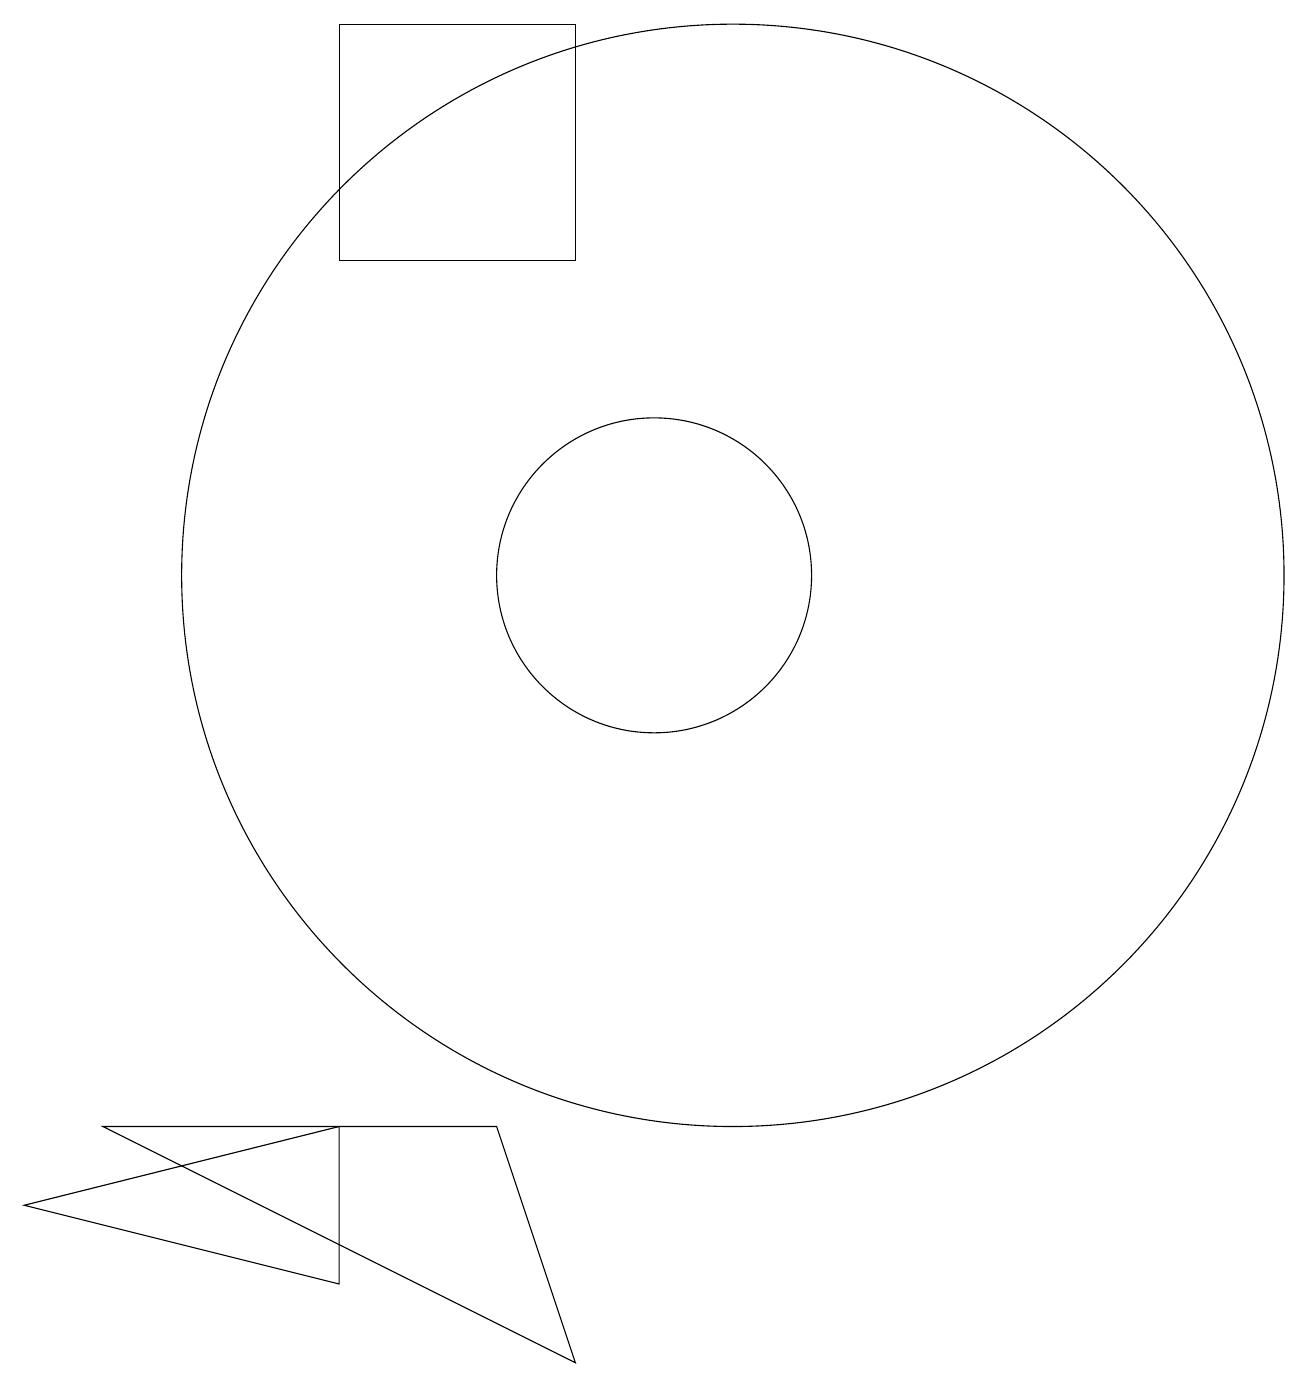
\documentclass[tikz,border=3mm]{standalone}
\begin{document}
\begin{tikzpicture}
\draw (6,3) -- (6,1) -- (2,2) -- cycle;
\draw (11,10) circle (7);
\draw (8,3) -- (3,3) -- (9,0) -- cycle;
\draw (9,14) rectangle (6,17);
\draw (10,10) circle (2);
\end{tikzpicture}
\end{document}